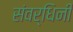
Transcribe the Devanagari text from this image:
संवर्धिनी